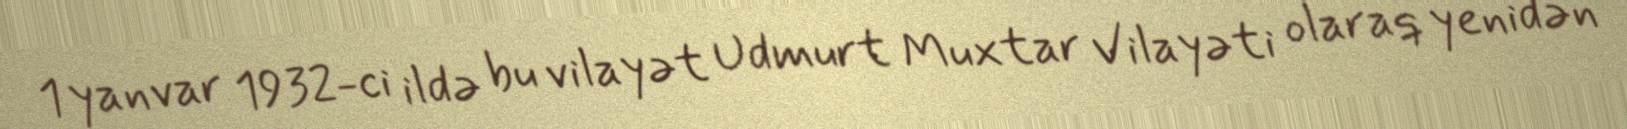
1 yanvar 1932-ci ildə bu vilayət Udmurt Muxtar Vilayəti olaraq yenidən